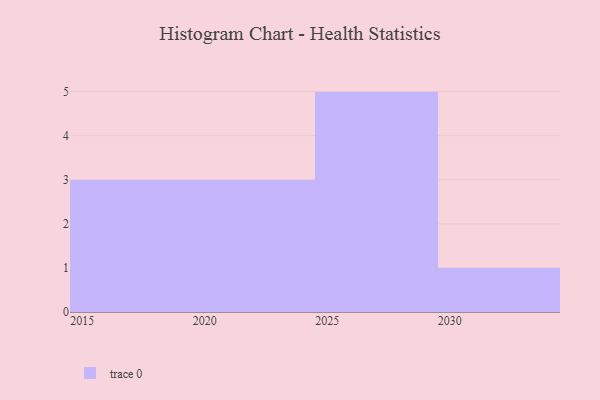
{"axis": {"x": "Year", "y": "Operating Costs (USD K)"}, "legend": [""], "data": [{"x": "2021", "y": 35, "type": ""}, {"x": "2028", "y": 33, "type": ""}, {"x": "2027", "y": 98, "type": ""}, {"x": "2022", "y": 58, "type": ""}, {"x": "2015", "y": 48, "type": ""}, {"x": "2016", "y": 41, "type": ""}, {"x": "2030", "y": 60, "type": ""}, {"x": "2025", "y": 35, "type": ""}, {"x": "2018", "y": 41, "type": ""}, {"x": "2026", "y": 12, "type": ""}, {"x": "2029", "y": 86, "type": ""}, {"x": "2024", "y": 60, "type": ""}]}